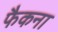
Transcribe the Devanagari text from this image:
फैकना